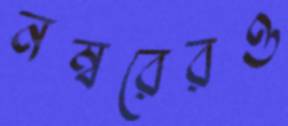
নম্বরেরও